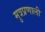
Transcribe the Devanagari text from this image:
मुत्रप्रणाली